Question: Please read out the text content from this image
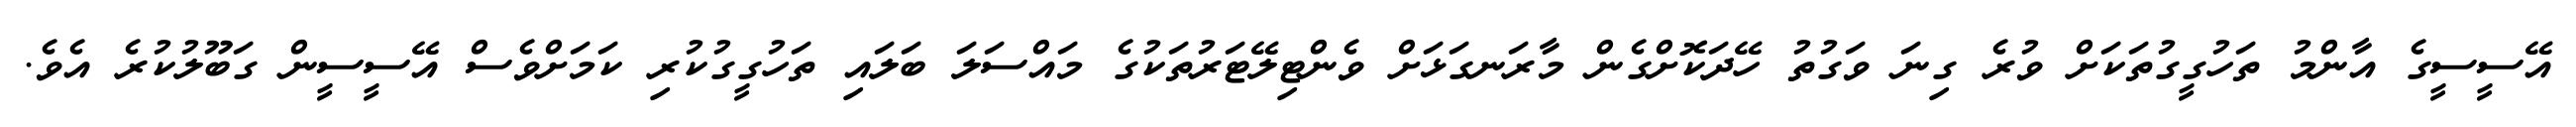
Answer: އޭސީސީގެ އާންމު ތަހުގީގުތަކަށް ވުރެ ގިނަ ވަގުތު ހޭދަކޮށްގެން މާރަނގަޅަށް ވެންޓިލޭޓަރުތަކުގެ މައްސަލަ ބަލައި ތަހުގީގުކުރި ކަމަށްވެސް އޭސީސީން ގަބޫލުކުރެ އެވެ.